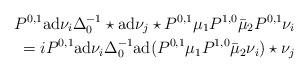
LaTeX: \begin{align*} P^{0,1}{\rm ad}\nu_i\Delta^{-1}_0\star{\rm ad}\nu_j\star P^{0,1}\mu_1P^{1,0}\bar\mu_2P^{0,1}\nu_i\\=i P^{0,1}{\rm ad}\nu_i\Delta^{-1}_0{\rm ad}(P^{0,1}\mu_1P^{1,0}\bar\mu_2\nu_i)\star \nu_j\end{align*}